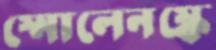
স্মোলেনস্কে